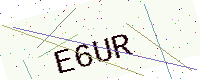
Text: E6UR